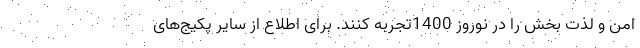
امن و لذت بخش را در نوروز 1400تجربه کنند. برای اطلاع از سایر پکیج‌های